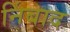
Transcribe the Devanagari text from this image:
निंबाद